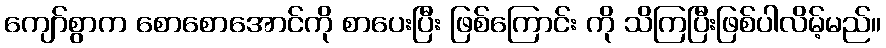
ကျော်စွာက စောစောအောင်ကို စာပေးပြီး ဖြစ်ကြောင်း ကို သိကြပြီးဖြစ်ပါလိမ့်မည်။